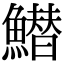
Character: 䲋